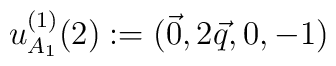
u^{(1)}_{A_1}(2): = (\vec 0,2\vec q,0,-1)